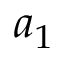
a _ { 1 }